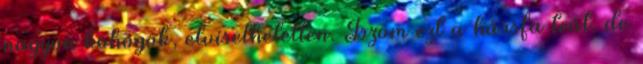
nagyon köhögök, elviselhetetlen. Iszom ezt a hársfa teát, de